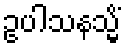
ဥပါသနသ္မိံ